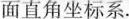
面直角坐标系。